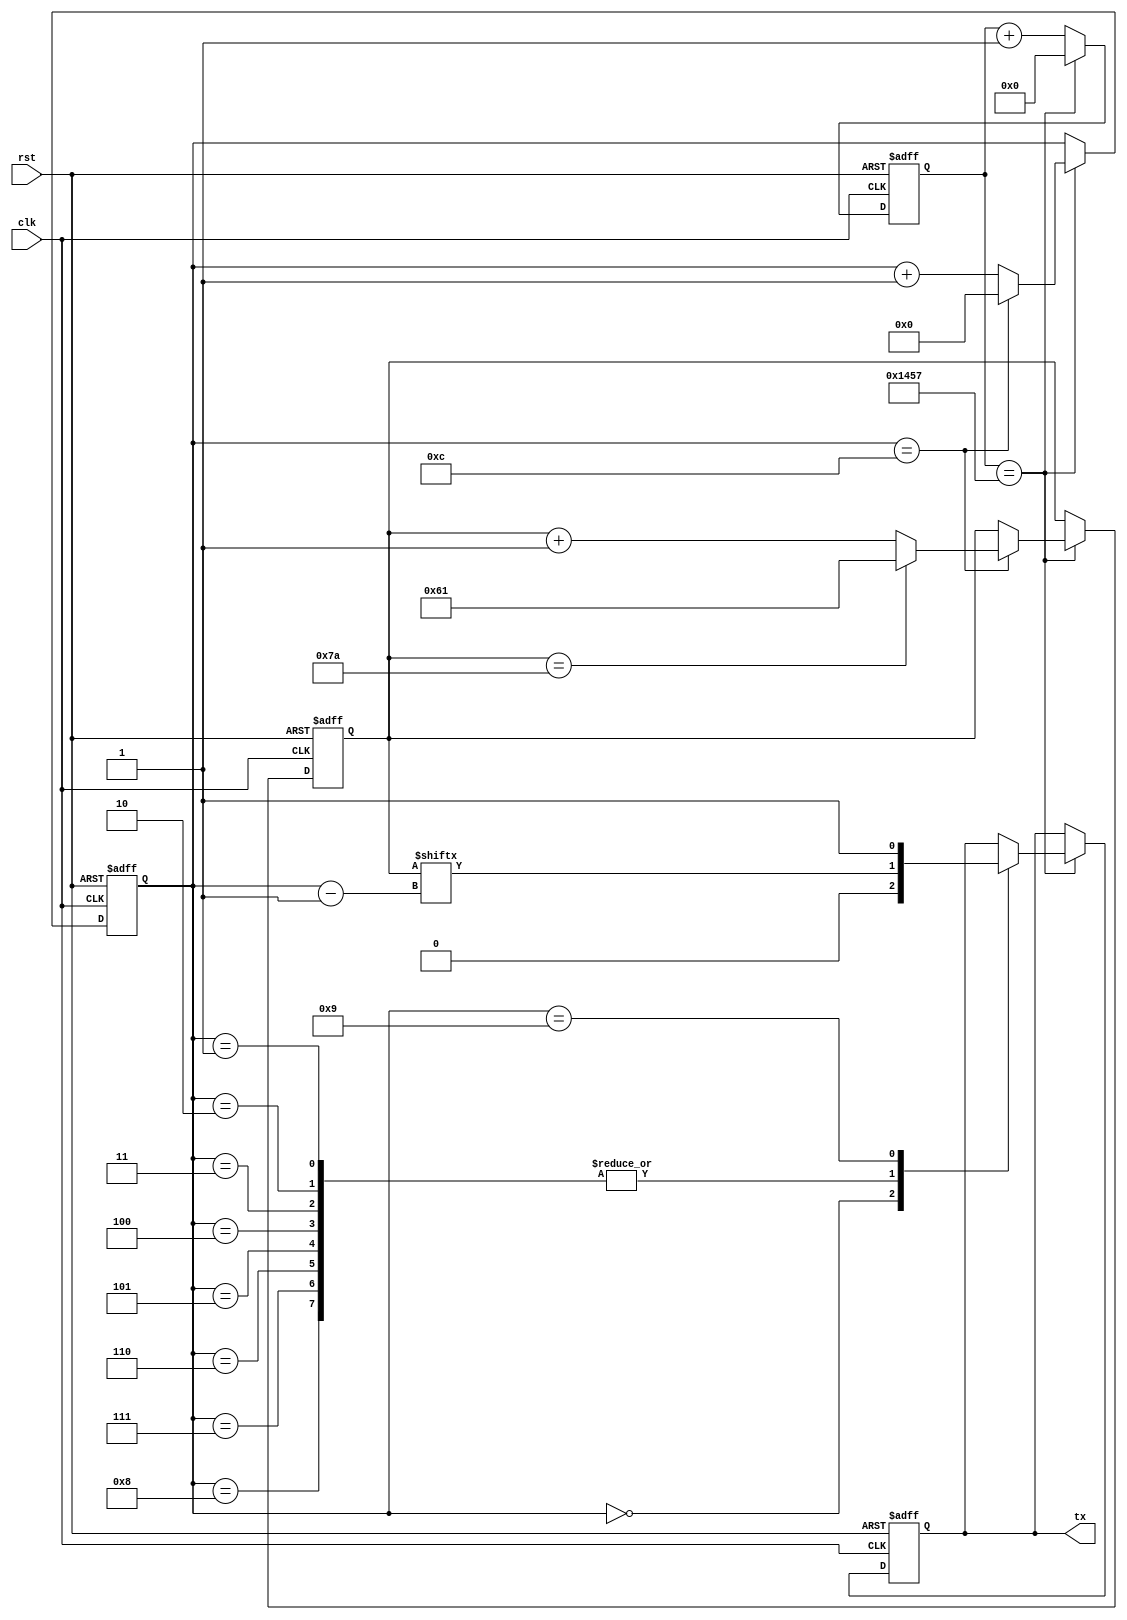
`timescale 1ns / 1ps

module chargen #(
   parameter CDIV = 5208 /* 50_000_000 / 9600 */
)(
   input clk,
   input rst,
   output reg tx
);

   reg [31:0] clk_cnt;
   reg [5:0] bit_cnt;
   reg [7:0] chr;
   
   always @(posedge clk or posedge rst) begin
      if (rst) begin
         chr <= "a";
         tx <= 1;
         clk_cnt <= 0;
         bit_cnt <= 0;
      end
      else begin
         clk_cnt <= clk_cnt + 1;
         
         if (clk_cnt == CDIV - 1) begin
            clk_cnt <= 0;

            bit_cnt <= bit_cnt + 1;
            case (bit_cnt)
                0: tx <= 0; /* START bit */
                1,2,3,4,5,6,7,8: tx <= chr[bit_cnt - 1];
                9: tx <= 1; /* STOP bit */
                12: begin
                    bit_cnt <= 0;
                    chr <= chr == "z" ? "a" : (chr + 1);
                end
                default: ;
            endcase
         end
      end
   end

endmodule